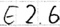
Text: E2.6